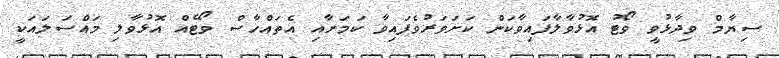
ސިޔާމް ވިދާޅުވީ ވޯޓު އޮޅުވާލާފައިވާކަން ކަށަވަރުވެފައިވާ ކަމަށާއި އެތައްހާސް ވޯޓެއް އޮޅުވާލި މައްސަލައަކީ